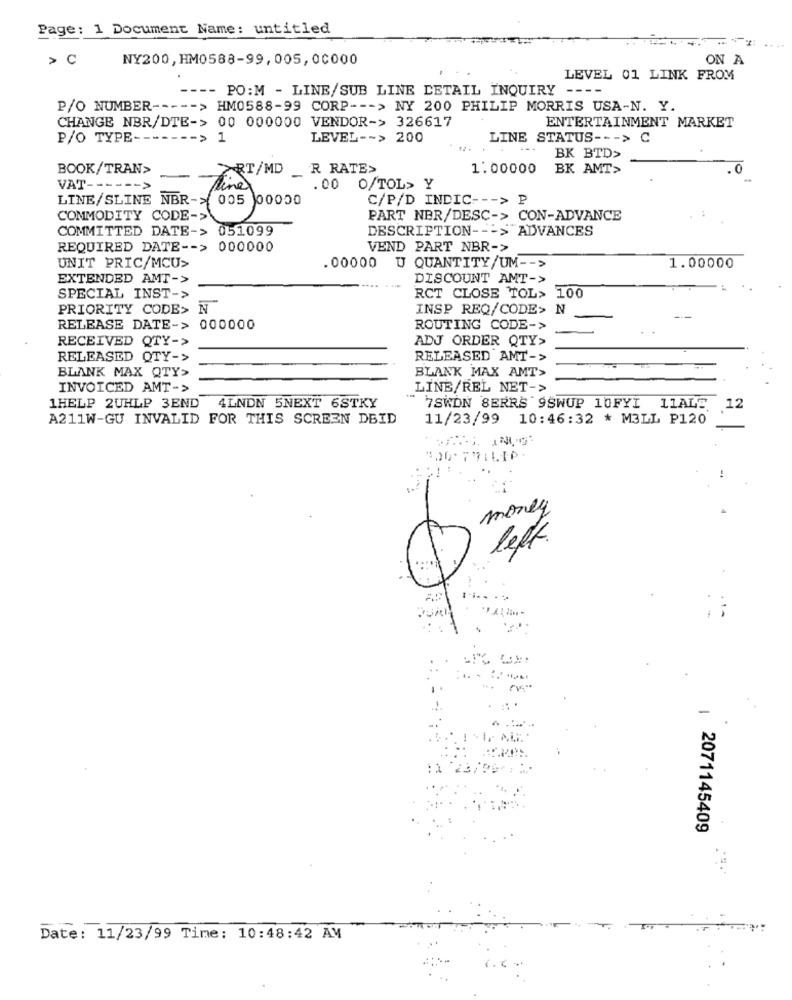
Page: 1 Document Name: untitled
> C
NY200, HM0588-99, 005,00000
ON A
LEVEL 01 LINK FROM
-- PO:M - LINE/SUB LINE DETAIL INQUIRY --
P/O NUMBER ----- > HM0588-99 CORP --- > NY 200 PHILIP MORRIS USA-N. Y.
ENTERTAINMENT MARKET
CHANGE NBR/DTE-> 00 000000 VENDOR-> 326617
P/O TYPE-
------ > 1
LEVEL -- > 200
LINE STATUS --- >
C
BK BTD>
BOOK/TRAN>
RT/MD
R RATE>
1.00000
BK AMT>
VAT ---
.00 0/TOL> Y
C/P/D INDIC --- > P
COMMODITY CODE->
LINE/ SLINE NER -> ( 605)
PART NBR/DESC-> CON-ADVANCE
COMMITTED DATE-> 051099
DESCRIPTION --- > ADVANCES
REQUIRED DATE -- > 000000
VEND PART NBR->
UNIT PRIC/MCU>
.00000 U QUANTITY/UM -- >
1.00000
EXTENDED AMT->
DISCOUNT AMT->
SPECIAL INST->
RCT CLOSE TOL> 100
PRIORITY CODE> N
INSP REQ/CODE> N
RELEASE DATE-> 000000
ROUTING CODE->
RECEIVED QTY->
ADJ ORDER QTY>
RELEASED QTY->
RELEASED AMT->
BLANK MAX QTY>
BLANK MAX AMT>
INVOICED AMT->
LINE/REL NET->
1HELP 2UHLP 3END 4LNON 5NEXT 6STKY
7SWON SERRS 9SWUP 10FYI 11ALE 12
A211W-GU INVALID FOR THIS SCREEN DBID
11/23/99 10:46:32 * M3LL P120
money
left.
| 2071145409
Date: 11/23/99 Time: 10:48:42 AM